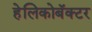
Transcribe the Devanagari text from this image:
हेलिकोबॅक्टर